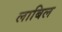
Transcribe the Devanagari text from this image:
लाबिल